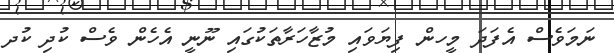
ނަމަވެސް އެފަދަ މީހން ފިޔަވައި މުޒާހަރާތަކުގައި ނޫނީ އެހެން ވެސް ކުދި ކުދ